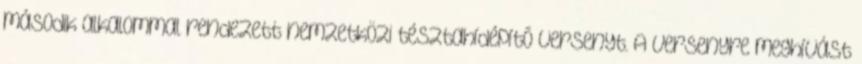
második alkalommal rendezett nemzetközi tésztahídépítõ versenyt. A versenyre meghívást